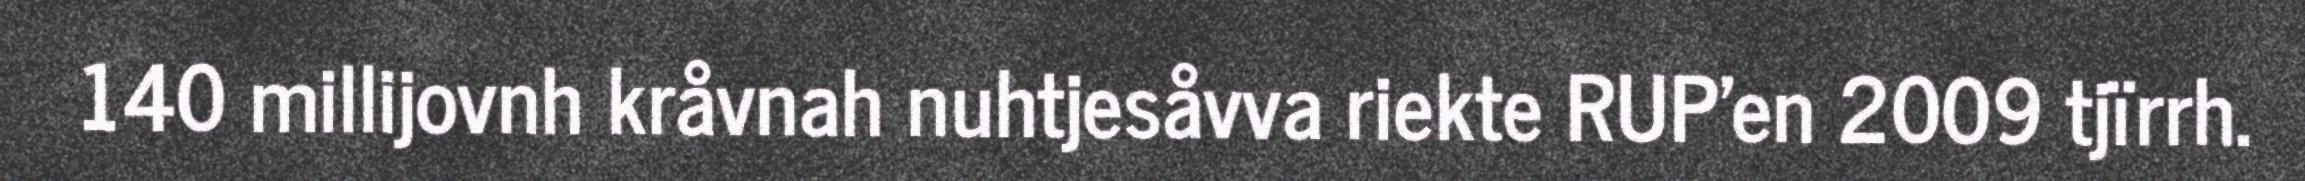
140 millijovnh kråvnah nuhtjesåvva riekte RUP'en 2009 tjïrrh.